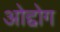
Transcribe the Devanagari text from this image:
ओद्दोग